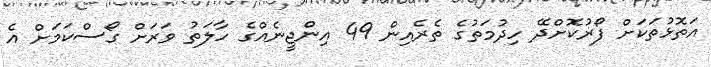
އަތޮޅުތަކަށް ފޯރުކޮށްދޭ ހިދުމަތުގެ ތެރެއިން 49 އިންޖީނެއްގެ ހާލަތު ވަރަށް ގޯސްކަމަށް އެ